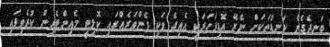
ބަނދެގެން ކަނޑުތަކަށް ނެރޭ އޮޑިފަހަރަކީ އެއިގެ ވަކި ފެންވަރެއްގައިި ކޮލިޓީ މެއިންޓެއިން ކުރެވިފައި